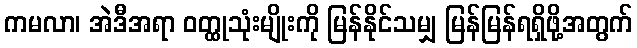
ကမလာ၊ အဲဒီအရာ ဝတ္ထုသုံးမျိုးကို မြန်နိုင်သမျှ မြန်မြန်ရရှိဖို့အတွက်